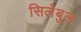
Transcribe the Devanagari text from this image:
सिलेबुल